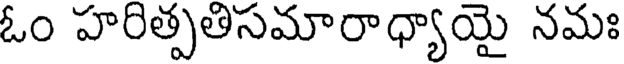
ఓం హరిత్పతిసమారాధ్యాయై నమః